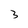
Character: 3